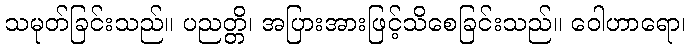
သမုတ်ခြင်းသည်။ ပညတ္တိ၊ အပြားအားဖြင့်သိစေခြင်းသည်။ ဝေါဟာရော၊